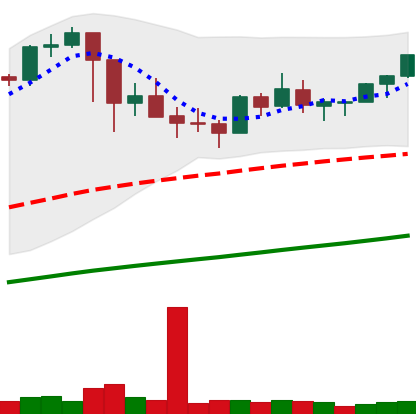
Ticker: BTC-USD
Chart end date: 2021-03-09
Forward return: 8.168%
Label: up_7plus